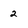
Character: 2